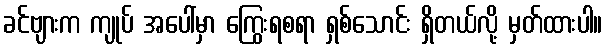
ခင်ဗျားက ကျုပ် အပေါ်မှာ ကြွေးရစရာ ရှစ်သောင်း ရှိတယ်လို့ မှတ်ထားပါ။